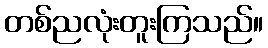
တစ်ညလုံးတူးကြသည်။